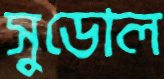
সুডোল